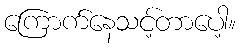
ကြောက်နေသင့်တာပေါ့။